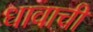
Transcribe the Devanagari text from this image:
धावाची